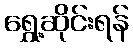
ရွှေ့ဆိုင်းရန်